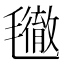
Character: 𣰪